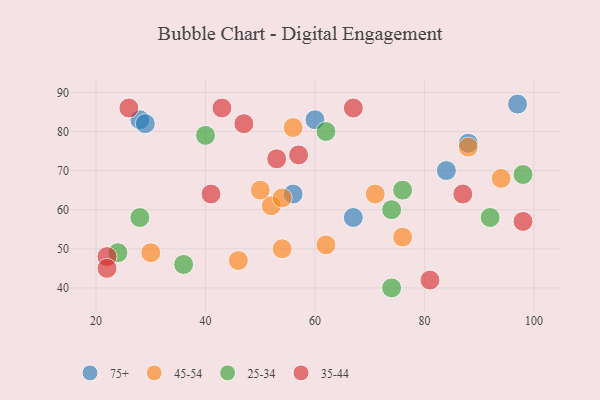
{"axis": {"x": "GDP", "y": "Life Expectancy"}, "legend": ["25-34", "35-44", "45-54", "75+"], "data": [{"x": "97", "y": 87, "type": "75+"}, {"x": "56", "y": 64, "type": "75+"}, {"x": "60", "y": 83, "type": "75+"}, {"x": "84", "y": 70, "type": "75+"}, {"x": "28", "y": 83, "type": "75+"}, {"x": "67", "y": 58, "type": "75+"}, {"x": "88", "y": 77, "type": "75+"}, {"x": "29", "y": 82, "type": "75+"}, {"x": "46", "y": 47, "type": "45-54"}, {"x": "88", "y": 76, "type": "45-54"}, {"x": "76", "y": 53, "type": "45-54"}, {"x": "94", "y": 68, "type": "45-54"}, {"x": "52", "y": 61, "type": "45-54"}, {"x": "54", "y": 50, "type": "45-54"}, {"x": "56", "y": 81, "type": "45-54"}, {"x": "71", "y": 64, "type": "45-54"}, {"x": "54", "y": 63, "type": "45-54"}, {"x": "30", "y": 49, "type": "45-54"}, {"x": "50", "y": 65, "type": "45-54"}, {"x": "62", "y": 51, "type": "45-54"}, {"x": "92", "y": 58, "type": "25-34"}, {"x": "62", "y": 80, "type": "25-34"}, {"x": "74", "y": 40, "type": "25-34"}, {"x": "24", "y": 49, "type": "25-34"}, {"x": "74", "y": 60, "type": "25-34"}, {"x": "98", "y": 69, "type": "25-34"}, {"x": "76", "y": 65, "type": "25-34"}, {"x": "36", "y": 46, "type": "25-34"}, {"x": "40", "y": 79, "type": "25-34"}, {"x": "28", "y": 58, "type": "25-34"}, {"x": "22", "y": 48, "type": "35-44"}, {"x": "98", "y": 57, "type": "35-44"}, {"x": "67", "y": 86, "type": "35-44"}, {"x": "41", "y": 64, "type": "35-44"}, {"x": "87", "y": 64, "type": "35-44"}, {"x": "26", "y": 86, "type": "35-44"}, {"x": "22", "y": 45, "type": "35-44"}, {"x": "43", "y": 86, "type": "35-44"}, {"x": "53", "y": 73, "type": "35-44"}, {"x": "57", "y": 74, "type": "35-44"}, {"x": "47", "y": 82, "type": "35-44"}, {"x": "81", "y": 42, "type": "35-44"}]}